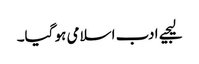
لیجیے ادب اسلامی ہو گیا۔